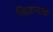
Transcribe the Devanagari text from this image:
विज्ञानओं